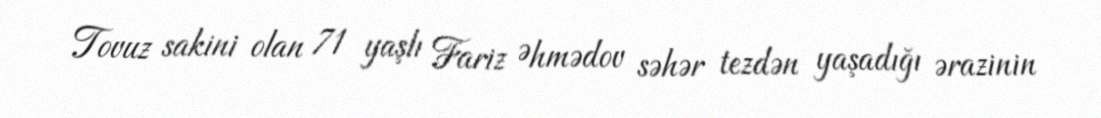
Tovuz sakini olan 71 yaşlı Fariz Əhmədov səhər tezdən yaşadığı ərazinin